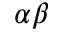
\alpha \beta